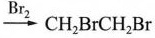
$$\xrightarrow[]{Br_{2}}CH_{2}BrCH_{2}Br$$